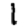
Digit: 1